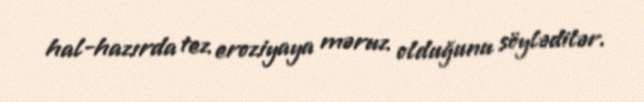
hal-hazırda tez eroziyaya məruz olduğunu söylədilər.